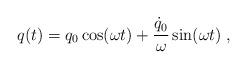
LaTeX: \begin{align*}q(t) = q_0 \cos(\omega t) + {\dot{q}_0 \over \omega} \sin(\omega t) \; ,\end{align*}